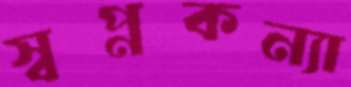
স্বপ্নকন্যা